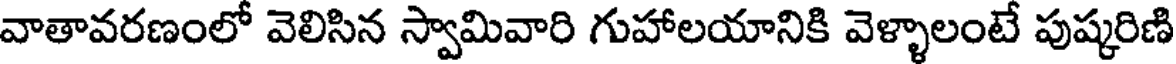
వాతావరణంలో వెలిసిన స్వామివారి గుహాలయానికి వెళ్ళాలంటే పుష్కరిణి